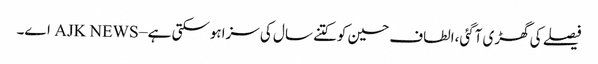
فیصلے کی گھڑی آگئی،الطاف حسین کوکتنے سال کی سزاہوسکتی ہے – AJK NEWS اے۔